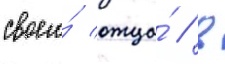
своего́ отца́ / в